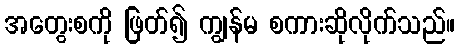
အတွေးစကို ဖြတ်၍ ကျွန်မ စကားဆိုလိုက်သည်။